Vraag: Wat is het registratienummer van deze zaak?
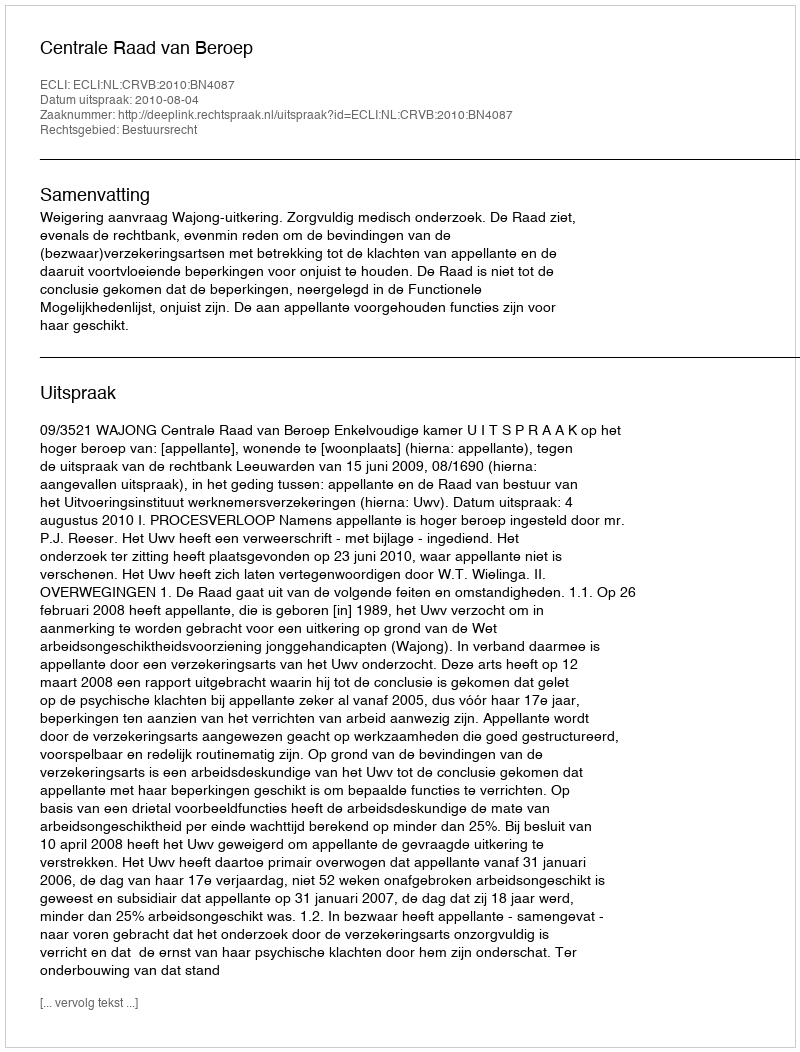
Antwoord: http://deeplink.rechtspraak.nl/uitspraak?id=ECLI:NL:CRVB:2010:BN4087